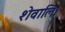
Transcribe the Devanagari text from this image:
शेवालि।